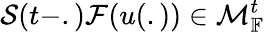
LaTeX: \mathcal{S}(t-.)\mathcal{F}(u(.))\in\mathcal{M}_{\mathbb{F}}^{t}